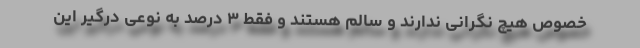
خصوص هیچ نگرانی ندارند و سالم هستند و فقط ۳ درصد به نوعی درگیر این